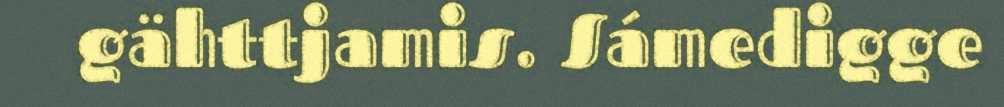
gähttjamis. Sámedigge